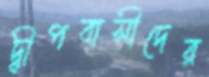
দ্বীপবাসীদের